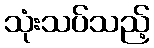
သုံးသပ်သည့်